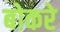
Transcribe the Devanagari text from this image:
बोकरे